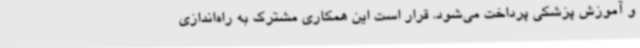
و آموزش پزشکی پرداخت می‌شود. قرار است این همکاری مشترک به راه‌اندازی